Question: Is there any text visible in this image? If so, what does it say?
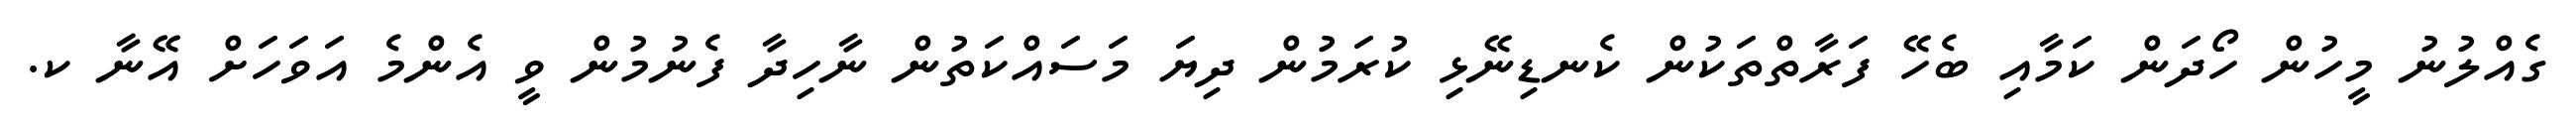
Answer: ގެއްލުނު މީހުން ހޯދަން ކަމާއި ބެހޭ ފަރާތްތަކުން ކެނޑިނޭޅި ކުރަމުން ދިޔަ މަސައްކަތުން ނާހިދާ ފެނުމުން ވީ އެންމެ އަވަހަށް އޭނާ ކ.